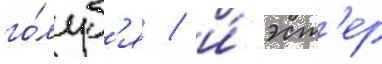
го́луб'я / и́ эст'ер